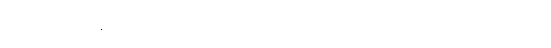
ဒလ = ဒလနေ - တောက်ပခြင်း၌။ [“ဝိဒါရဏ-ဖောက်ခွဲခြင်း, ဒုဂ္ဂတိဆင်းရဲခြင်း”